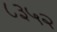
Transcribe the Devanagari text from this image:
८३५२